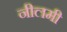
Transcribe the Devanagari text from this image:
नीलमी